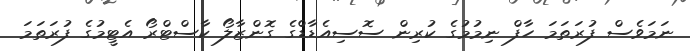
ނަމަވެސް ފުރަތަމަ ހާފް ނިމުމުގެ ކުރިން ސޮސިއެޑާޑްގެ ގޮންޒާލޯ ކާސްޓްރޯ އެޓީމުގެ ފުރަތަމަ